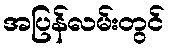
အပြန်လမ်းတွင်